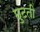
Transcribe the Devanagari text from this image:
छुटती